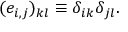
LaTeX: ( e _ { i , j } ) _ { k l } \equiv \delta _ { i k } \delta _ { j l } .